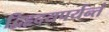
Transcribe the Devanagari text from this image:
द्विहृदयपर्यन्तं